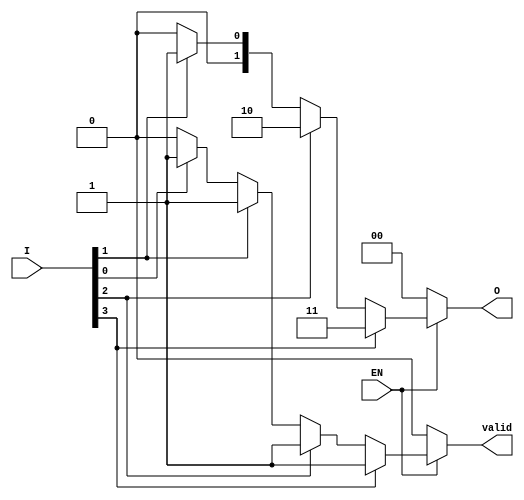
module one_of_n_encoder (
    input wire [3:0] I,     // 4 input lines
    input wire EN,          // Enable signal
    output reg [1:0] O,     // 2-bit output
    output reg valid        // Indicates if a valid input is active
);
    always @* begin
        // Default outputs
        O = 2'b00;
        valid = 0;

        if (EN) begin
            // Priority encoding (from I[3] to I[0])
            if (I[3]) begin
                O = 2'b11; // I[3] active
                valid = 1;
            end else if (I[2]) begin
                O = 2'b10; // I[2] active
                valid = 1;
            end else if (I[1]) begin
                O = 2'b01; // I[1] active
                valid = 1;
            end else if (I[0]) begin
                O = 2'b00; // I[0] active
                valid = 1;
            end
        end
    end
endmodule